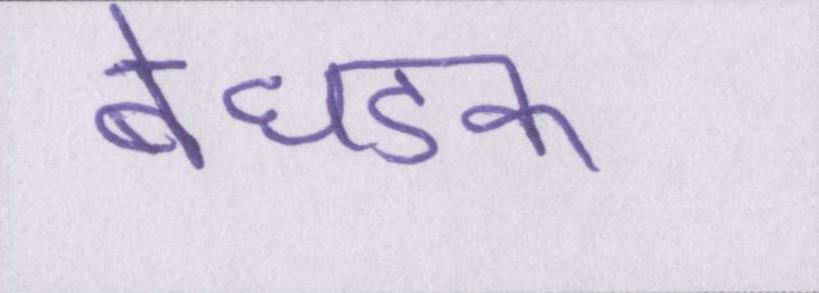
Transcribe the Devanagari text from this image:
बेधडक